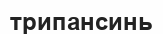
трипансинь